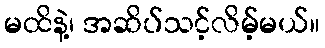
မထိနဲ့၊ အဆိပ်သင့်လိမ့်မယ်။